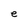
Character: e